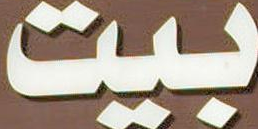
بيت